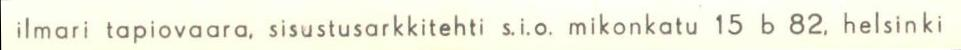
ilmari tapiovaara, sisustusarkkitehti s.i.o. mikonkatu 15 b 82, helsinki